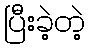
ပြီးခဲ့တဲ့